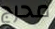
محرج